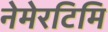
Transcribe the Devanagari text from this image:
नेमेरटिमि